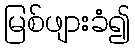
မြစ်ဖျားခံ၍